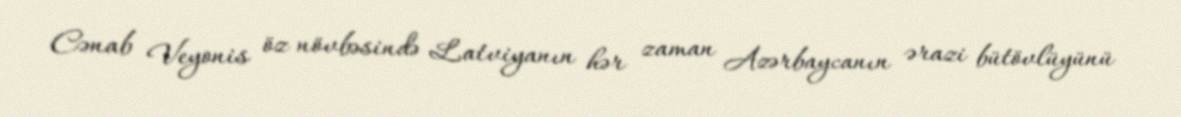
Cənab Veyonis öz növbəsində Latviyanın hər zaman Azərbaycanın ərazi bütövlüyünü